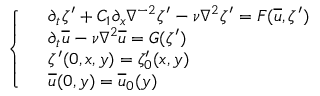
\left\{ \begin{array} { l l } & { \partial _ { t } \zeta ^ { \prime } + C _ { 1 } \partial _ { x } \nabla ^ { - 2 } \zeta ^ { \prime } - \nu \nabla ^ { 2 } \zeta ^ { \prime } = F ( \overline { { u } } , \zeta ^ { \prime } ) } \\ & { \partial _ { t } \overline { { u } } - \nu \nabla ^ { 2 } \overline { { u } } = G ( \zeta ^ { \prime } ) } \\ & { \zeta ^ { \prime } ( 0 , x , y ) = \zeta _ { 0 } ^ { \prime } ( x , y ) } \\ & { \overline { { u } } ( 0 , y ) = \overline { { u } } _ { 0 } ( y ) } \end{array} \right.